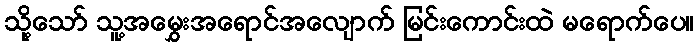
သို့သော် သူ့အမွှေးအရောင်အလျောက် မြင်းကောင်းထဲ မရောက်ပေ။